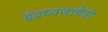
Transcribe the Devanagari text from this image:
इंद्रध्वजाचेही